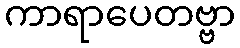
ကာရာပေတဗ္ဗာ